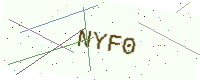
Text: NYF0